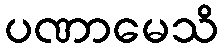
ပဏာမေသိ